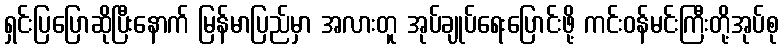
ရှင်းပြပြောဆိုပြီးနောက် မြန်မာပြည်မှာ အလားတူ အုပ်ချုပ်ရေးပြောင်းဖို့ ကင်းဝန်မင်းကြီးတို့အုပ်စု